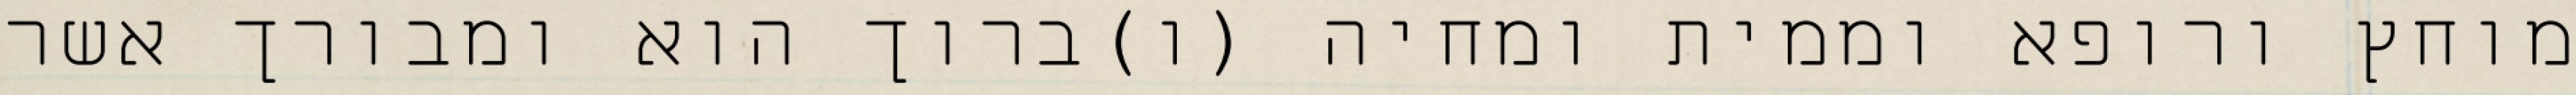
מוחץ ורופא וממית ומחיה (ו)ברוך הוא ומבורך אשר